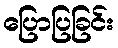
ပြောပြခြင်း